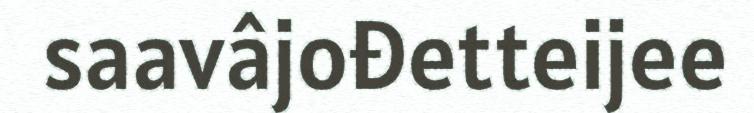
saavâjođetteijee